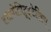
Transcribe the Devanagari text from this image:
हाइपोपिटूइटेरिस्म